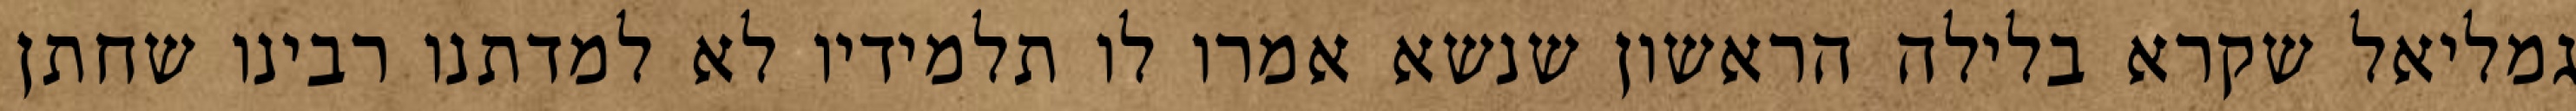
גמליאל שקרא בלילה הראשון שנשא אמרו לו תלמידיו לא למדתנו רבינו שחתן